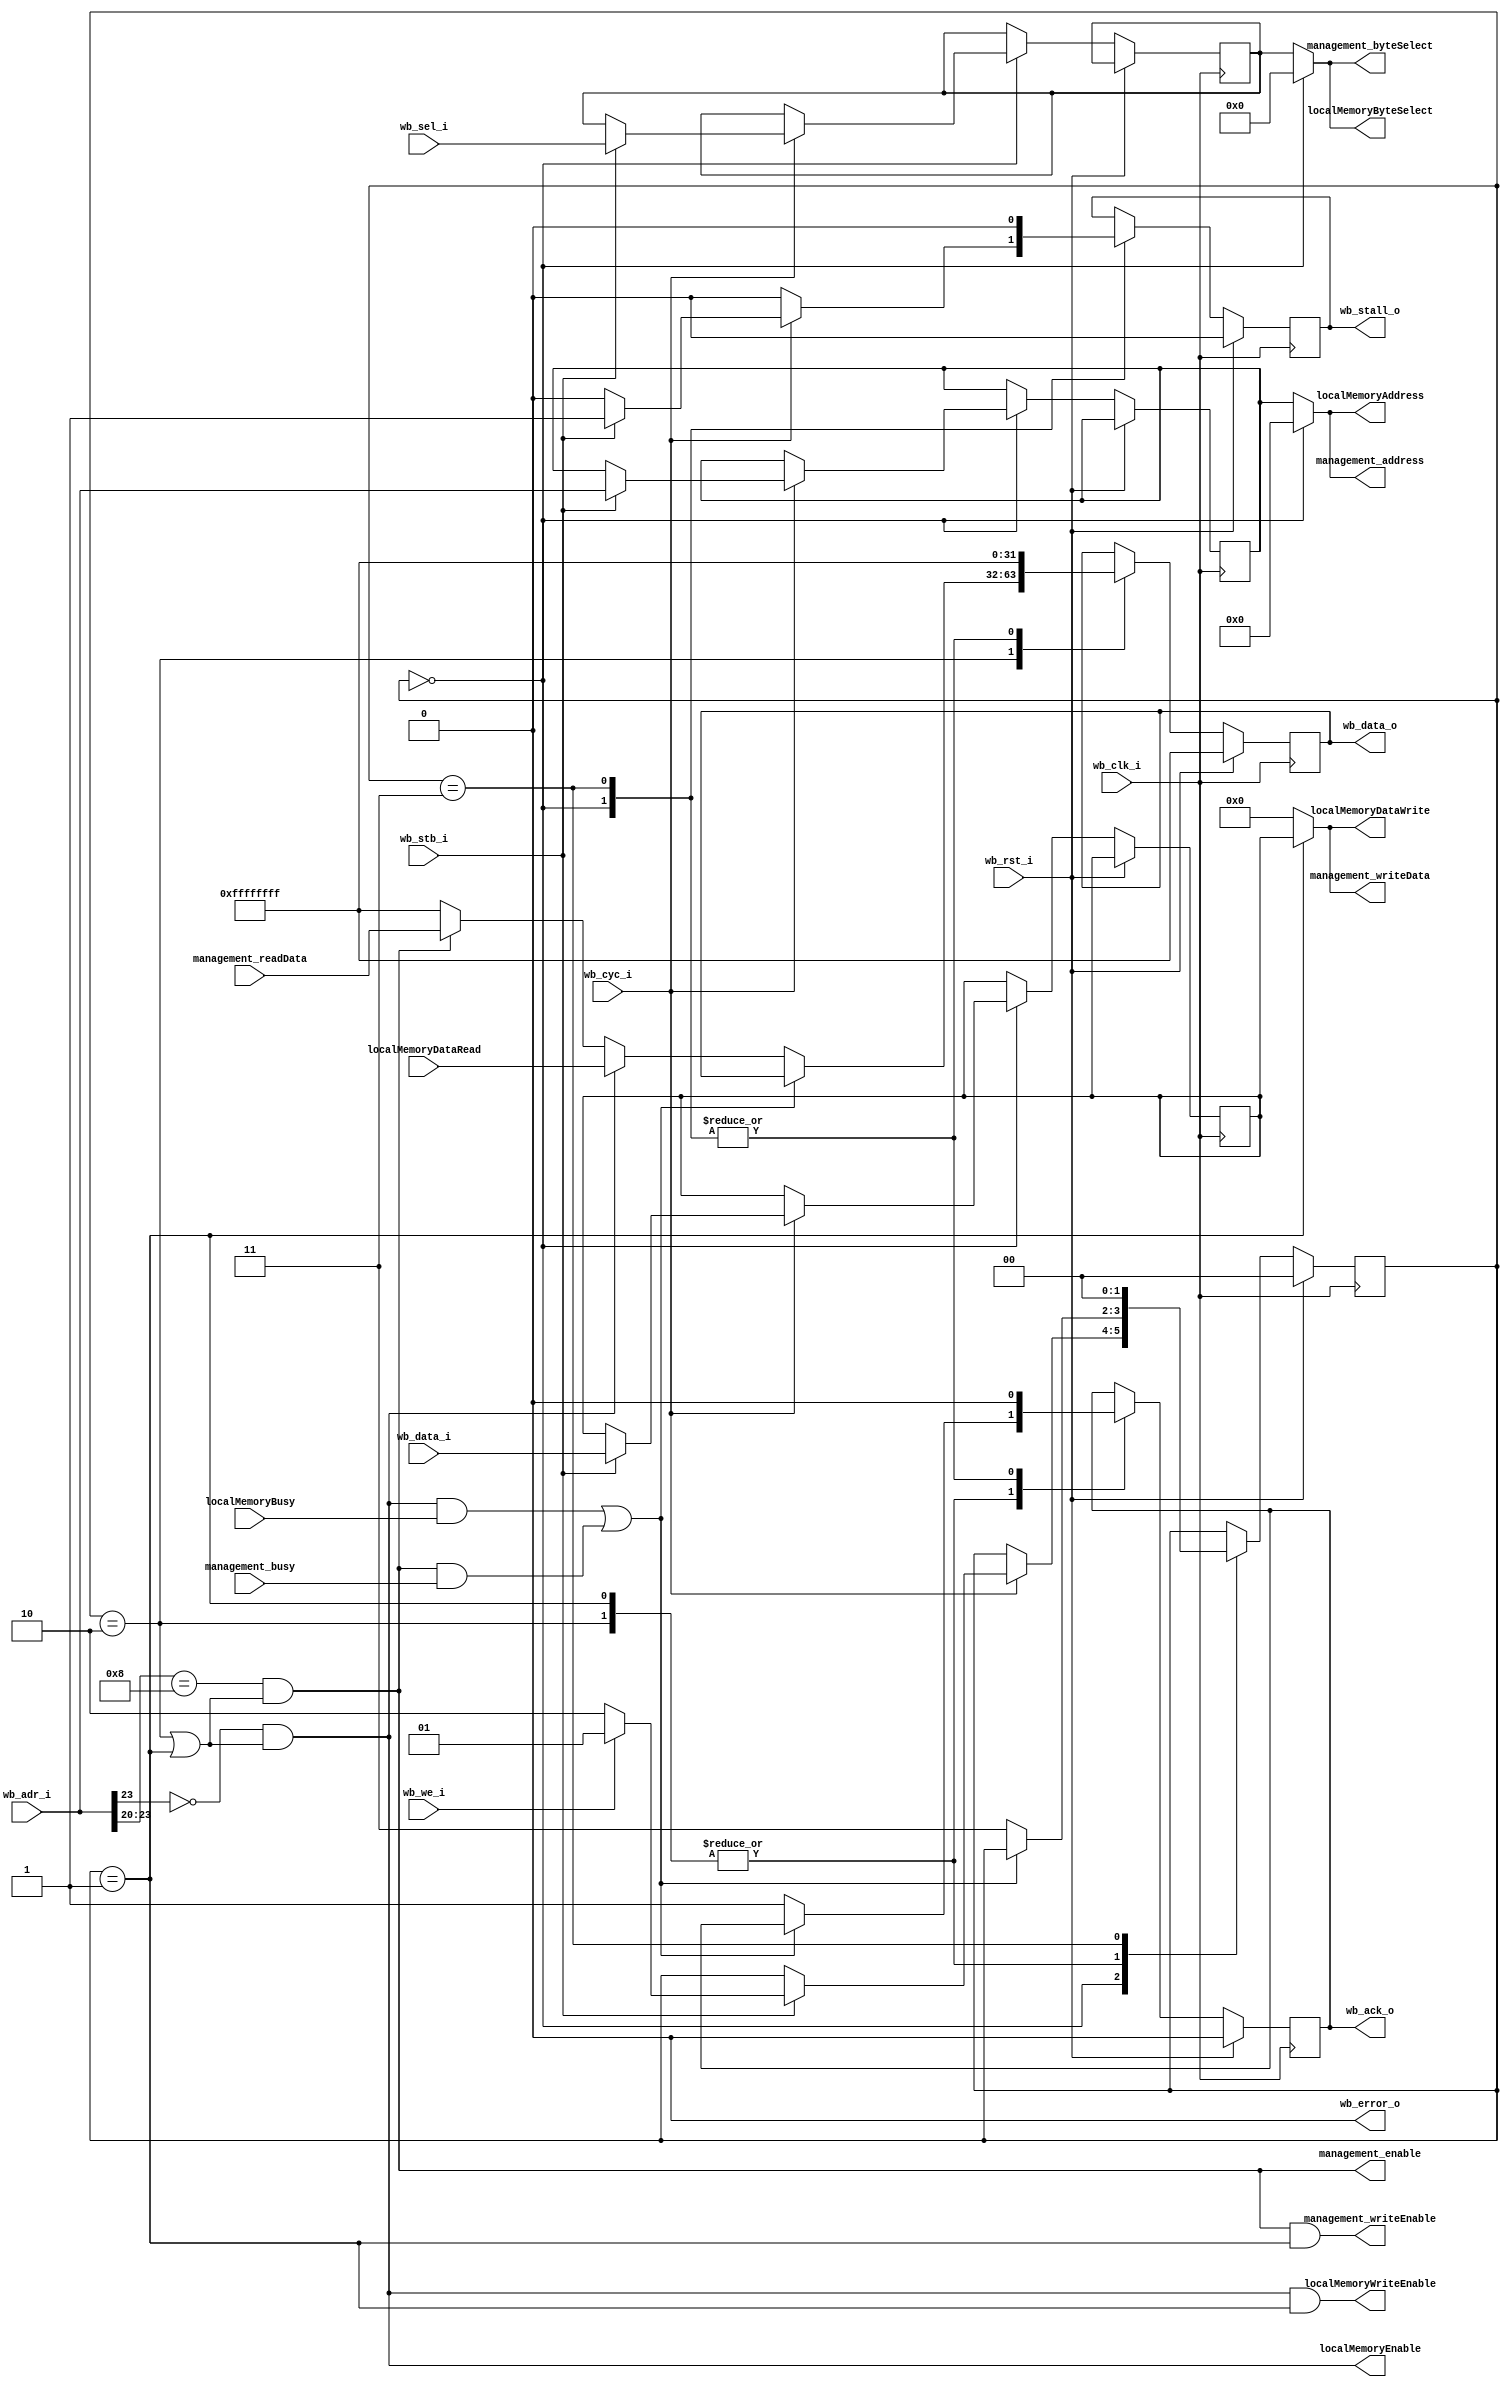
`default_nettype none

module WB_SRAMInterface (
		// Wishbone device interface to sram
		input wire wb_clk_i,
		input wire wb_rst_i,
		input wire wb_cyc_i,
		input wire wb_stb_i,
		input wire wb_we_i,
		input wire[3:0] wb_sel_i,
		input wire[31:0] wb_data_i,
		input wire[23:0] wb_adr_i,
		output wire wb_ack_o,
		output wire wb_stall_o,
		output wire wb_error_o,
		output wire[31:0] wb_data_o,

		// Memory interface
		output wire[23:0] localMemoryAddress,
		output wire[3:0] localMemoryByteSelect,
		output wire localMemoryEnable,
		output wire localMemoryWriteEnable,
		output wire[31:0] localMemoryDataWrite,
		input wire[31:0] localMemoryDataRead,
		input wire localMemoryBusy,

		// Management interface
		output wire management_enable,
		output wire management_writeEnable,
		output wire[3:0] management_byteSelect,
		output wire[23:0] management_address,
		output wire[31:0] management_writeData,
		input wire[31:0] management_readData,
		input wire management_busy
	);

	localparam STATE_IDLE  		  = 2'h0;
	localparam STATE_WRITE_SINGLE = 2'h1;
	localparam STATE_READ_SINGLE  = 2'h2;
	localparam STATE_FINISH 	  = 2'h3;

	reg[1:0] state = STATE_IDLE;
	reg[23:0] currentAddress;
	reg[3:0] currentByteSelect;
	reg[31:0] currentDataIn;

	wire isStateReadSingle = state == STATE_READ_SINGLE;
	wire isStateWriteSingle = state == STATE_WRITE_SINGLE;
	wire isStateIdle = state == STATE_IDLE;

	wire[31:0] peripheralBus_dataRead;
	wire peripheralBus_busy;

	reg stall = 1'b0;
	reg acknowledge = 1'b0;
	reg[31:0] dataRead_buffered;

	always @(posedge wb_clk_i) begin
		if (wb_rst_i) begin
			state <= STATE_IDLE;
			stall <= 1'b0;
			acknowledge <= 1'b0;
			dataRead_buffered <= ~32'b0;
		end else begin
			case (state)
				STATE_IDLE: begin
					stall <= 1'b0;
					acknowledge <= 1'b0;
					dataRead_buffered <= ~32'b0;

					if (wb_cyc_i) begin
						if (wb_stb_i) begin
							currentAddress <= wb_adr_i;
							currentByteSelect <= wb_sel_i;
							currentDataIn <= wb_data_i;
							stall <= 1'b1;

							if (wb_we_i) begin
								state <= STATE_WRITE_SINGLE;
							end else begin
								state <= STATE_READ_SINGLE;
							end
						end
					end
				end

				STATE_WRITE_SINGLE: begin
					if (!peripheralBus_busy) begin
						state <= STATE_FINISH;
						acknowledge <= 1'b1;
					end
				end

				STATE_READ_SINGLE: begin
					if (!peripheralBus_busy) begin
						state <= STATE_FINISH;
						acknowledge <= 1'b1;
						dataRead_buffered <= peripheralBus_dataRead;
					end
				end

				STATE_FINISH: begin
					state <= STATE_IDLE;
					stall <= 1'b0;
					acknowledge <= 1'b0;
					dataRead_buffered <= ~32'b0;
				end

				default: begin
					state <= STATE_IDLE;
					stall <= 1'b0;
					acknowledge <= 1'b0;
				end
			endcase
		end
	end

	// Connect wishbone bus signals
	assign wb_ack_o = acknowledge;
	assign wb_stall_o = stall;
	assign wb_error_o = 1'b0;

	// Connect to local peripheral bus
	wire peripheralBus_we = isStateWriteSingle;
	wire peripheralBus_oe = isStateReadSingle;
	wire[23:0] peripheralBus_address = !isStateIdle ? currentAddress : 24'b0;
	wire[3:0] peripheralBus_byteSelect = !isStateIdle ? currentByteSelect : 4'b0;
	wire[31:0] peripheralBus_dataWrite = isStateWriteSingle ? currentDataIn : 32'b0;
	assign wb_data_o = dataRead_buffered;

	// Connect local memory and management interface signals
	assign localMemoryEnable = wb_adr_i[23] == 1'b0 && (peripheralBus_oe || peripheralBus_we);
	assign management_enable = wb_adr_i[23:20] == 4'h8 && (peripheralBus_oe || peripheralBus_we);

	assign localMemoryWriteEnable = localMemoryEnable && peripheralBus_we;
	assign peripheralBus_dataRead = localMemoryEnable ? localMemoryDataRead :
									management_enable   ? management_readData : ~32'b0;
	assign peripheralBus_busy = (localMemoryEnable && localMemoryBusy) || (management_enable && management_busy);

	assign localMemoryAddress = peripheralBus_address;
	assign localMemoryByteSelect = peripheralBus_byteSelect;
	assign localMemoryDataWrite = peripheralBus_dataWrite;

	assign management_writeEnable = management_enable && peripheralBus_we;
	assign management_address = peripheralBus_address;
	assign management_byteSelect = peripheralBus_byteSelect;
	assign management_writeData = peripheralBus_dataWrite;

endmodule